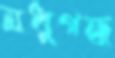
মধুগন্ধ